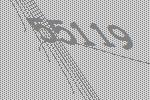
55119